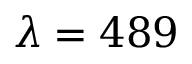
\lambda = 4 8 9